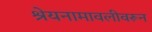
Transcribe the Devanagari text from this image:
श्रेयनामावलीवरून